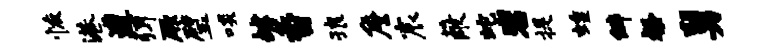
恢港遭弭厥璧啖罅香琅詹宸蔽蛇岩提蝗僻粲舅